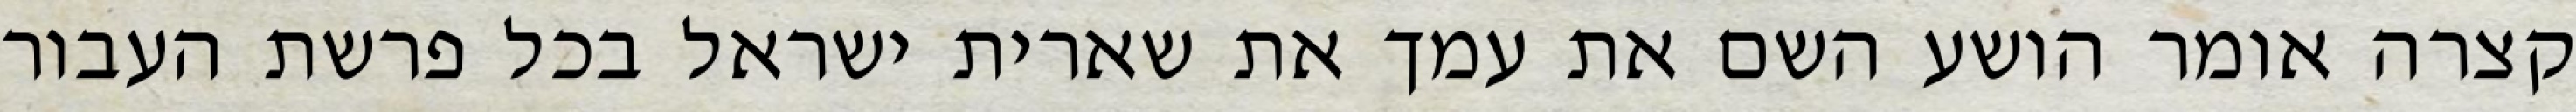
קצרה אומר הושע השם את עמך את שארית ישראל בכל פרשת העבור